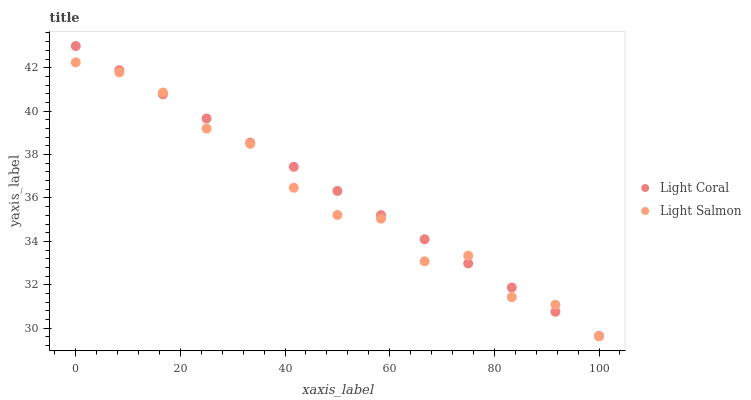
| xaxis_label | Light Coral | Light Salmon |
 | --- | --- | --- |
 | 0 | 43 | 42.2 |
 | 8.33 | 41.9 | 41.8 |
 | 16.7 | 40.8 | 40.9 |
 | 25 | 39.7 | 39.2 |
 | 33.3 | 38.5 | 38.5 |
 | 41.7 | 37.4 | 36.5 |
 | 50 | 36.3 | 35.2 |
 | 58.3 | 35.2 | 35 |
 | 66.7 | 34.1 | 33.1 |
 | 75 | 33 | 33.3 |
 | 83.3 | 31.9 | 31.4 |
 | 91.7 | 30.8 | 31.1 |
 | 100 | 29.6 | 29.6 |